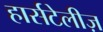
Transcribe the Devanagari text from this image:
हार्सटेलीज़